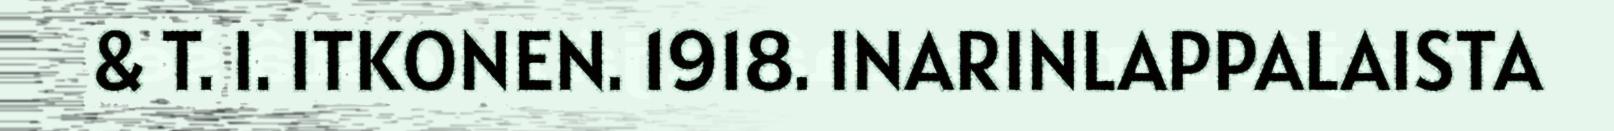
& T. I. ITKONEN. 1918. INARINLAPPALAISTA